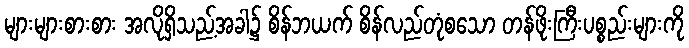
များများစားစား အလိုရှိသည့်အခါ၌ စိန်ဘယက် စိန်လည်တုံစသော တန်ဖိုးကြီးပစ္စည်းများကို